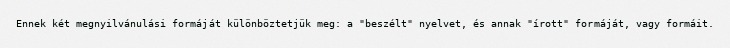
Ennek két megnyilvánulási formáját különböztetjük meg: a "beszélt" nyelvet, és annak "írott" formáját, vagy formáit.